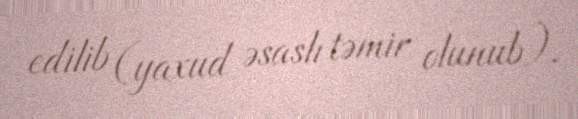
edilib (yaxud əsaslı təmir olunub).